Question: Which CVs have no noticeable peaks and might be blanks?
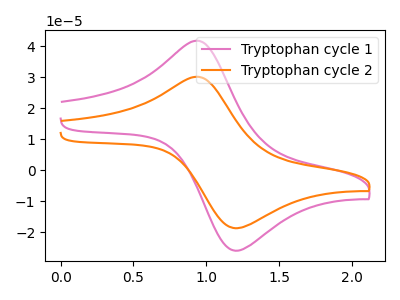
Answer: <think>The pink curve "Tryptophan cycle 1" has an anodic peak at (0.95V, 41.75uA) and a cathodic peak at (1.20V, -26.05uA). The orange curve "Tryptophan cycle 2" has an anodic peak at (0.95V, 30.10uA) and a cathodic peak at (1.20V, -18.80uA).</think>
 <answer>There are not any CV's on this graph that are likely to be blanks.</answer>
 <eval>none</eval>